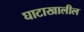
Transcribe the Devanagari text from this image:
घाटाखालील